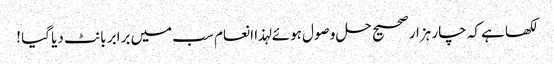
لکھا ہے کہ چار ہزار صحیح حل وصول ہوئے لہذا انعام سب میں برابر بانٹ دیا گیا !